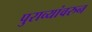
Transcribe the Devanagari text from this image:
पुराव्यांवरुन